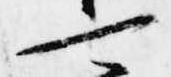
可